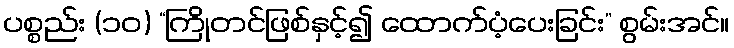
ပစ္စည်း (၁၀) “ကြိုတင်ဖြစ်နှင့်၍ ထောက်ပံ့ပေးခြင်း” စွမ်းအင်။